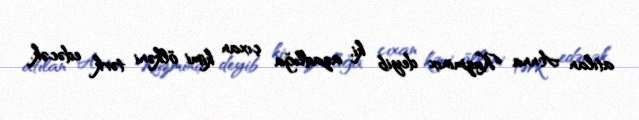
atılan Anna Kuzminıx deyib ki, azadlığa çıxan kimi ölkəni tərk edəcək.